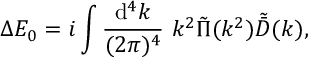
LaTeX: \Delta E _ { 0 } = i \int { \frac { \mathrm { d } ^ { 4 } k } { ( 2 \pi ) ^ { 4 } } } \ k ^ { 2 } \tilde { \Pi } ( k ^ { 2 } ) \tilde { \bar { D } } ( k ) ,